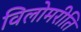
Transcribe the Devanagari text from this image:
विलोमरीति